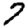
Digit: 7